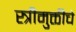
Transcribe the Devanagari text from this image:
स्त्रीमुक्तीचे